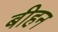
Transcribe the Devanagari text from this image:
बीहन